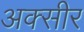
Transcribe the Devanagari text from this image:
अक्सीर